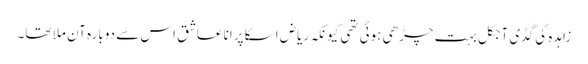
زاہدہ کی گڈی آجکل بہت چڑھی ہوئی تھی کیونکہ ریاض اسکا پرانا عاشق اس سے دوبارہ آن ملا تھا۔